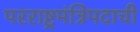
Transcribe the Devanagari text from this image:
परराष्ट्रमंत्रिपदाची